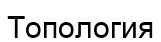
Топология